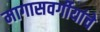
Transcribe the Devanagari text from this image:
मागासवर्गीयांचे